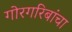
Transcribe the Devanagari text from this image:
गोरगरिबांचा